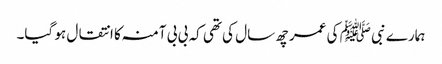
ہمارے نبی ﷺ کی عمر چھ سال کی تھی کہ بی بی آمنہ کا انتقال ہو گیا۔